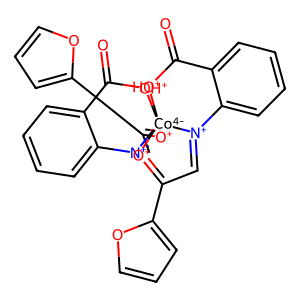
SMILES: O=C1[OH+][Co-4]234([O+]=C(c5ccco5)C=[N+]2c2ccccc21)[O+]=C(c1ccco1)C=[N+]3c1ccccc1C(=O)[OH+]4
Inhibits HIV replication: No